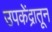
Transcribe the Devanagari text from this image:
उपकेंद्रातून